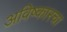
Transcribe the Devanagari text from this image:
अविष्कारचा